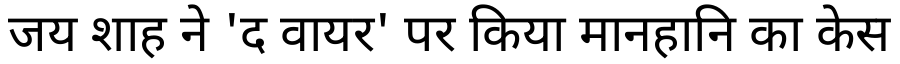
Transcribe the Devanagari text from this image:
जय शाह ने 'द वायर' पर किया मानहानि का केस